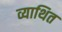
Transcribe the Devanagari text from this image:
व्याथित